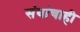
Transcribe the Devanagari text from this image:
संघांचाही